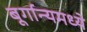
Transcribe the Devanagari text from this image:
बूर्गान्यमध्ये